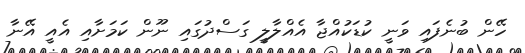
ހޭން ބުނެފައި ވަނީ ކުޑަކުއްޖާ އެއްލާލީ ގަސްދުގައި ނޫން ކަމަށާއި އެއީ އޭނާ